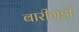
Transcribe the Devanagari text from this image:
बारीगडी